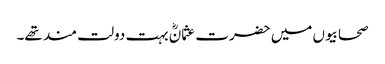
صحابیوں میں حضرت عثمانؓ بہت دولت مند تھے۔